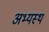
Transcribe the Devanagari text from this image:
अभ्यस्थ